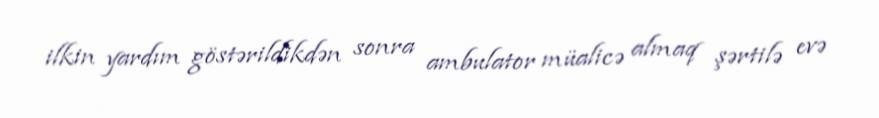
ilkin yardım göstərildikdən sonra ambulator müalicə almaq şərtilə evə